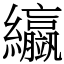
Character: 䌱